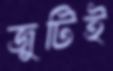
জুটিই